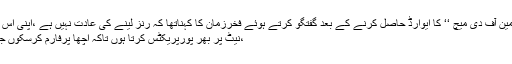
تفصیلات کے مطا بق میچ کے اختتام پر ’’ مین آف دی میچ ‘‘ کا ایوارڈ حاصل کرنے کے بعد گفتگو کرتے ہوئے فخرزمان کا کہناتھا کہ رنز لینے کی عادت نہیں ہے ،اپنی اس عادت کو بہتر کرنے کی کوشش کررہا ہوں
،نیٹ پر بھر پورپریکٹس کرتا ہوں تاکہ اچھا پرفارم کرسکوں جبکہ میں فٹنس ٹیسٹ کیلئے ہمیشہ تیار ہوں ۔